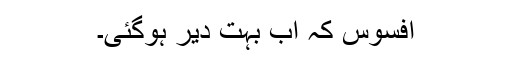
افسوس کہ اب بہت دیر ہوگئی۔